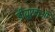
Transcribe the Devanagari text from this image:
डीयूएमओ